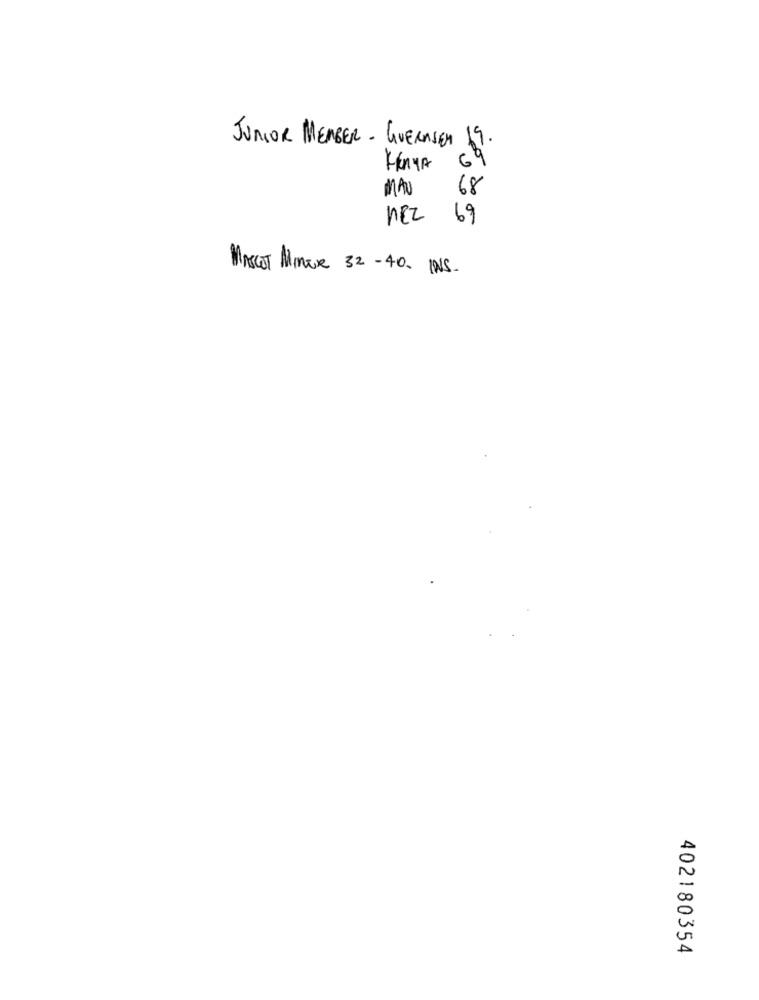
JUNIOR MEMBER - GUERNSEY 19.
KENYA
69
MAU
68
NEZ 1
69
MASCOT Mimox 32 -400 INS.
402180354